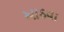
આઠવા